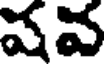
షవ